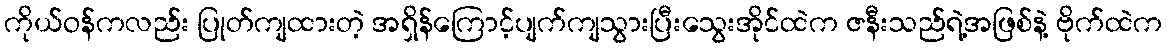
ကိုယ်ဝန်ကလည်း ပြုတ်ကျထားတဲ့ အရှိန်ကြောင့်ပျက်ကျသွားပြီးသွေးအိုင်ထဲက ဇနီးသည်ရဲ့အဖြစ်နဲ့ ဗိုက်ထဲက